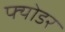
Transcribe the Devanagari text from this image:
फ्योडर